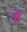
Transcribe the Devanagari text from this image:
मेॱ